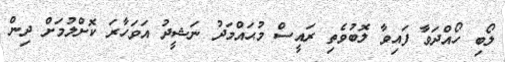
ލޯބި ހޯއްދަވާ ފައިވާ ލޮބުވެތި ރައީސް މުޙައްމަދު ނަޝީދު އަވަހާރަ ކޮށްލުމަށް ދިން